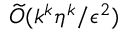
\widetilde { \cal O } ( k ^ { k } \eta ^ { k } / \epsilon ^ { 2 } )